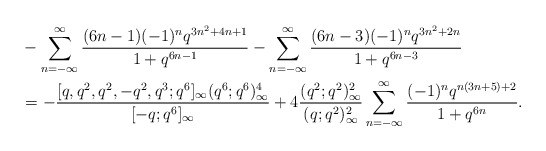
\begin{align*}&-\sum_{n=-\infty}^\infty \frac{(6n-1)(-1)^nq^{3n^2+4n+1}}{1+q^{6n-1}}-\sum_{n=-\infty}^\infty \frac{(6n-3)(-1)^nq^{3n^2+2n}}{1+q^{6n-3}}\\&=-\frac{[q,q^2,q^2,-q^2,q^3;q^6]_\infty(q^6;q^6)^4_\infty}{[-q;q^6]_\infty}+4\frac{(q^2;q^2)_\infty^2}{(q;q^2)_\infty^2}\sum_{n=-\infty}^\infty \frac{(-1)^nq^{n(3n+5)+2}}{1+q^{6n}}.\end{align*}